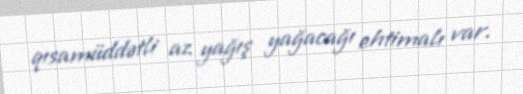
qısamüddətli az yağış yağacağı ehtimalı var.